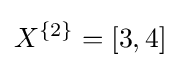
X^{\{2\}}=[3,4]